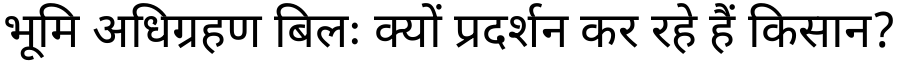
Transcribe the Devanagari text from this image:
भूमि अधिग्रहण बिलः क्यों प्रदर्शन कर रहे हैं किसान?